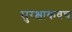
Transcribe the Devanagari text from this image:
सुरक्षाकवच